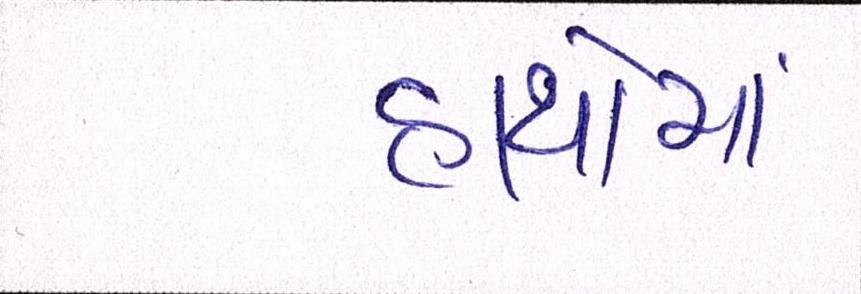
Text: હાથોમાં